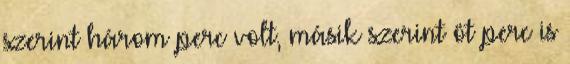
szerint három perc volt, másik szerint öt perc is